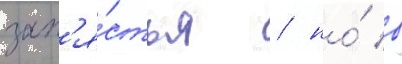
зап'я́стья / но́ в